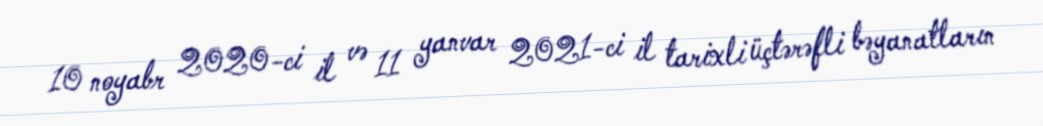
10 noyabr 2020-ci il və 11 yanvar 2021-ci il tarixli üçtərəfli bəyanatların